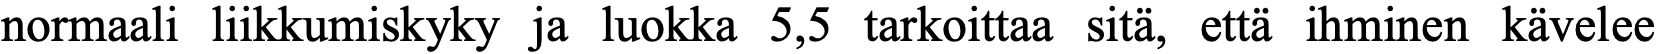
normaali liikkumiskyky ja luokka 5,5 tarkoittaa sitä, että ihminen kävelee